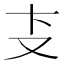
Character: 𰆴